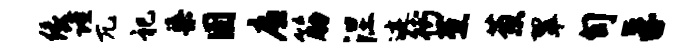
缘谨兀祀渠圉廉筋涅迹街蕉葱翠旬孚